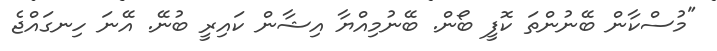
"މުސްކާން ބޭނުންތަ ކޮފީ ބޯން. ބޭނުމިއްޔާ އިޝާން ކައިރީ ބުނޭ. އޭނަ ހިނގައްޖެ